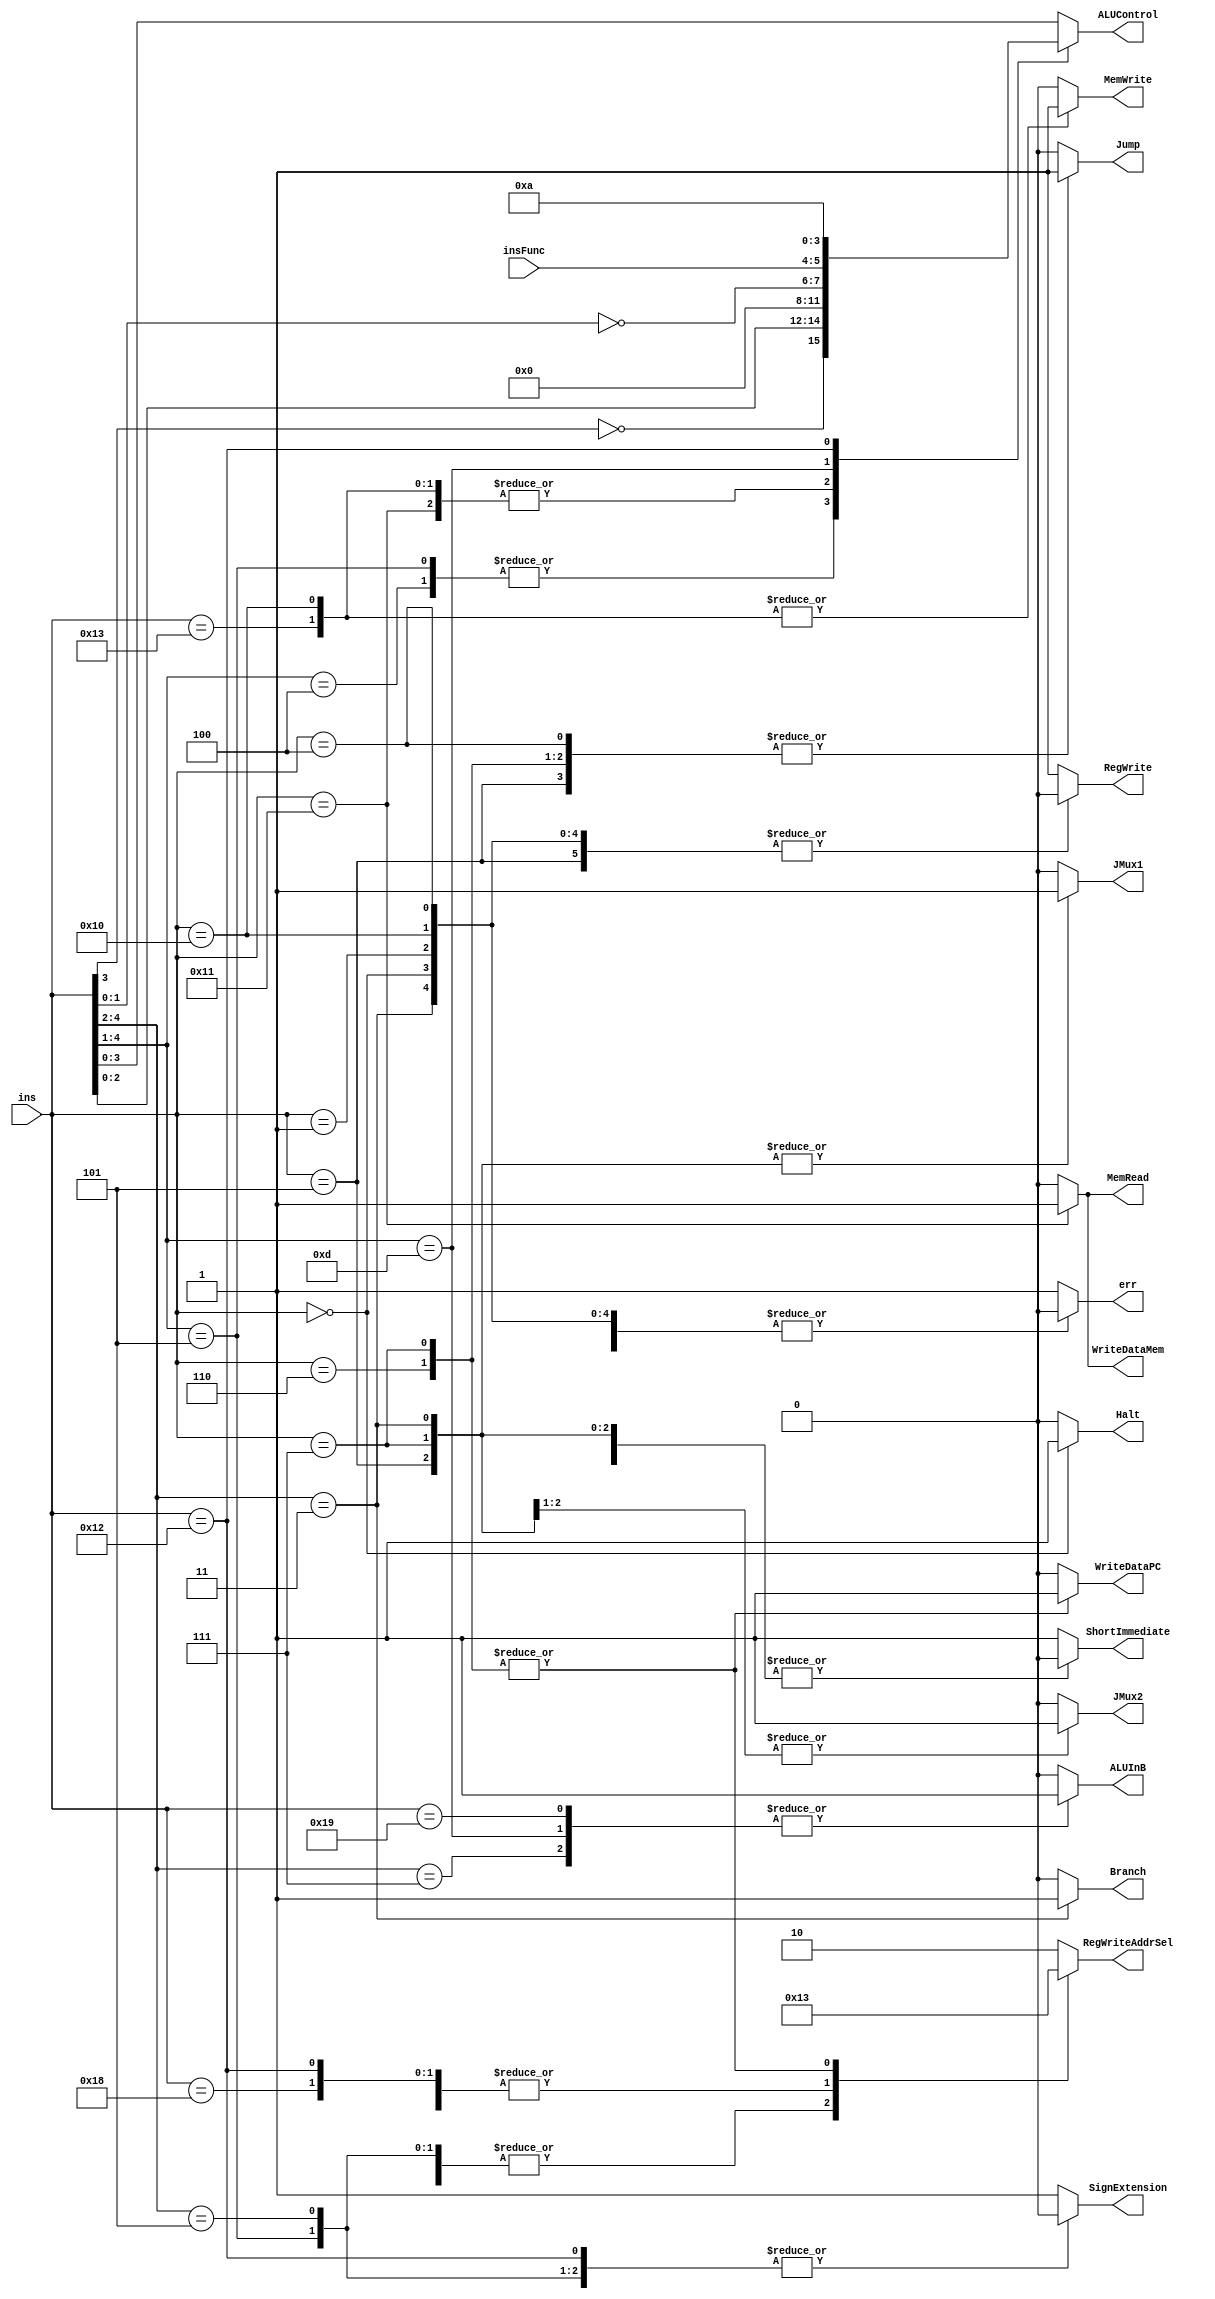
module control(ins, insFunc, MemRead, MemWrite, RegWrite, RegWriteAddrSel, SignExtension, ShortImmediate, Halt,
    Jump, Branch, JMux1, JMux2, ALUInB, ALUControl, WriteDataMem, WriteDataPC, err);

    localparam HALT = 5'b00000;
    localparam NOP  = 5'b00001;

    input [4:0] ins;
    input [1:0] insFunc;
    output reg err;
    output reg MemRead, MemWrite, RegWrite, SignExtension, ShortImmediate, Halt, 
        Jump, Branch, JMux1, JMux2, ALUInB, WriteDataMem, WriteDataPC;
    output reg [3:0] ALUControl;
    output reg [1:0] RegWriteAddrSel; 

    // always @* begin // for ALUControl
        
    //     casex (ins)
    //         // ADDI..
    //         5'b010xx : ALUControl = {~ins[3], ins[2:0]};
    //         // LD, ST
    //         5'b1000x : ALUControl = 4'b0000;
    //         5'b10011 : ALUControl = 4'b0000;
    //         // ADD.. Shift
    //         5'b1101x : ALUControl = {~ins[1:0], insFunc};
    //         // SLBI
    //         5'b10010 : ALUControl = 4'b1010;
    //         // Shift I
    //         // SEQ..
    //         // BTR
    //         // LBI
    //         default: ALUControl = ins[3:0];
    //     endcase
    // end

    always @* begin
        MemRead = 0; MemWrite = 0; Halt = 0; Jump = 0; Branch = 0; err = 0;
        JMux1 = 0; JMux2 = 0;
        ALUControl = ins[3:0]; // most takes ins[3:0]
        RegWrite = 1; // most write Register
        ShortImmediate = 1; // short: extension of [4:0] bits
        RegWriteAddrSel = 2'b10; // reg write address [4:2]
        WriteDataMem = 0; // reg write from ALU
        WriteDataPC = 0; // reg write from (ALU or Mem)
        SignExtension = 1; // most Sign extended
        ALUInB = 0; // 0 for immediate
        casex (ins)
            HALT : begin Halt = 1; RegWrite = 0; end
            NOP  : begin RegWrite = 0; end
            
            // reg write address [7:5]
            // ADDI, SUBI
            5'b0100x : begin RegWriteAddrSel = 2'b01; ALUControl = {~ins[3], ins[2:0]}; end 
            // XORI ANDNI
            5'b0101x : begin RegWriteAddrSel = 2'b01; SignExtension = 0; ALUControl = {~ins[3], ins[2:0]}; end
            // ROLI, SLLI, RORI, SRLI
            5'b101xx : begin RegWriteAddrSel = 2'b01; SignExtension = 0; end

            // ST
            5'b10000 : begin MemWrite = 1; RegWrite = 0; ALUControl = 4'b0000; end
            // LD
            5'b10001 : begin MemRead = 1; WriteDataMem = 1; RegWriteAddrSel = 2'b01; ALUControl = 4'b0000; end
            // STU
            5'b10011 : begin MemWrite = 1; RegWriteAddrSel = 2'b00; ALUControl = 4'b0000; end

            // reg write address [4:2]
            // BTR, ADD, SUB, XOR, ANDN, ROL, SLL, ROR, SRL, SEQ, SLT, SLE, SCO
            5'b111xx : begin ALUInB = 1; end
            5'b1101x : begin ALUInB = 1; ALUControl = {~ins[1:0], insFunc}; end
            5'b11001 : begin ALUInB = 1; end

            // branch
            5'b011xx : begin JMux1 = 1; // select immediate
                 RegWrite = 0; Branch = 1; ShortImmediate = 0; end

            // LBI, SLBI
            5'b11000 : begin RegWriteAddrSel = 2'b00; ShortImmediate = 0; end
            5'b10010 : begin RegWriteAddrSel = 2'b00; ShortImmediate = 0; SignExtension = 0; ALUControl = 4'b1010; end

            // jump
            // J, JR
            5'b00100 : begin RegWrite = 0; Jump = 1; end
            5'b00101 : begin JMux1 = 1; JMux2 = 1; // select immediate and Rs
                RegWrite = 0; Jump = 1; ShortImmediate = 0; end
            // JAL, JALR
            5'b00110 : begin Jump = 1; RegWriteAddrSel = 2'b11; WriteDataPC = 1; end
            5'b00111 : begin JMux1 = 1; JMux2 = 1; Jump = 1; RegWriteAddrSel = 2'b11; WriteDataPC = 1; ShortImmediate = 0; end

            default: err = 1;
        endcase
    end
endmodule // control